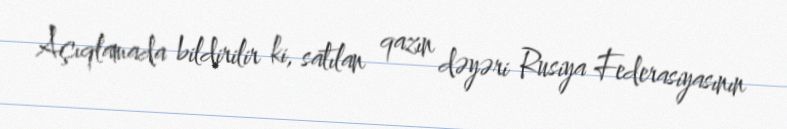
Açıqlamada bildirilir ki, satılan qazın dəyəri Rusiya Federasiyasının